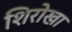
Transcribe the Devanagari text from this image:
शिरोखा